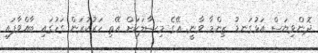
ދޮންވިޔަސް އަޅުގަނޑު ޒިންމާ ވާނީ. އޭގެ މިސާލަކަށް އޭތި ހަރުކުރަން ގަހުގައި ބާއްވާފައި